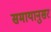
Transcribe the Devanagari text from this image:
समायानुसर